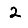
Digit: 2